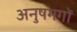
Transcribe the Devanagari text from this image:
अनुषमगों